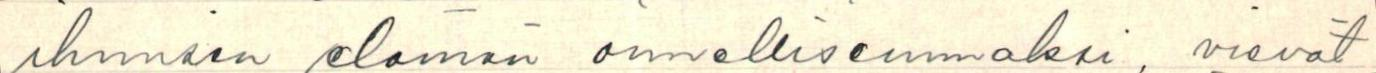
ihmisen elämän onnellisemmaksi, vievät